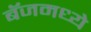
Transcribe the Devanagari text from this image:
बॅजमध्ये